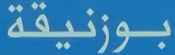
بوزنيقة